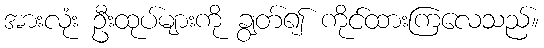
အားလုံး ဦးထုပ်များကို ချွတ်၍ ကိုင်ထားကြလေသည်။